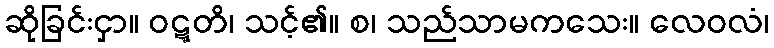
ဆိုခြင်းငှာ။ ဝဋ္ဋတိ၊ သင့်၏။ စ၊ သည်သာမကသေး။ လေဝလံ၊